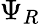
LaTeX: \Psi_{R}